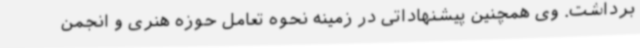
برداشت. وی همچنین پیشنهاداتی در زمینه نحوه تعامل حوزه هنری و انجمن